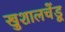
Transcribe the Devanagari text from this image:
खुशालचेंडू